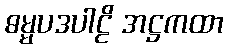
ဓမ္မပဒပါဠိ အဋ္ဌကထာ